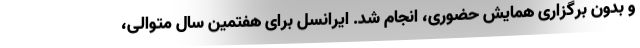
و بدون برگزاری همایش حضوری، انجام شد. ایرانسل برای هفتمین سال متوالی،